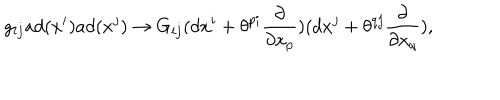
g _ { i j } a d ( x ^ { i } ) a d ( x ^ { j } ) \rightarrow G _ { i j } ( d x ^ { i } + \theta ^ { p i } \frac { \partial } { \partial x _ { p } } ) ( d x ^ { j } + \theta ^ { q j } \frac { \partial } { \partial x _ { q } } ) ,